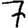
Digit: 7